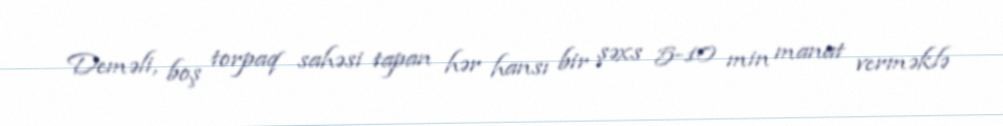
Deməli, boş torpaq sahəsi tapan hər hansı bir şəxs 5-10 min manat verməklə